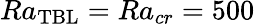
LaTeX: Ra_{\mathrm{TBL}}=Ra_{cr}=500